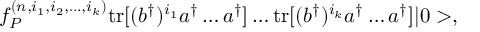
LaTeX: f _ { P } ^ { ( n , i _ { 1 } , i _ { 2 } , \dots , i _ { k } ) } \mathrm { t r } [ ( b ^ { \dagger } ) ^ { i _ { 1 } } a ^ { \dagger } \dots a ^ { \dagger } ] \dots \mathrm { t r } [ ( b ^ { \dagger } ) ^ { i _ { k } } a ^ { \dagger } \dots a ^ { \dagger } ] | 0 > ,